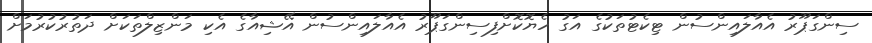
ސިންގަޕޫރު އެއާލައިންސުން ޓިކެޓުތަކުގެ އަގު ހެޔޮކޮށްފިސިންގަޕޫރު އެއާލައިންސުން އޭޝިއާގެ އެކި މަންޒިލްތަކަށް ދަތުރުކުރުމަށް